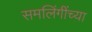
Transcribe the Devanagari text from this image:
समलिंगींच्या